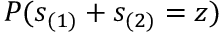
P ( s _ { ( 1 ) } + s _ { ( 2 ) } = z )